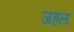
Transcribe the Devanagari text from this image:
जहल